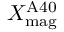
X _ { \mathrm { m a g } } ^ { \mathrm { A 4 0 } }